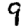
Digit: 9